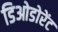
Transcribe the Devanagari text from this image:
डिओडोरेंट